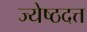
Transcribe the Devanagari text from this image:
ज्येष्ठदत्त